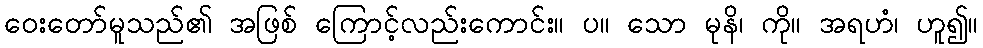
ဝေးတော်မူသည်၏ အဖြစ် ကြောင့်လည်းကောင်း။ ပ။ သော မုနိ၊ ကို။ အရဟံ၊ ဟူ၍။